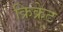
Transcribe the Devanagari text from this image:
क्रिक्रेट